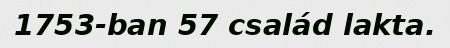
1753-ban 57 család lakta.